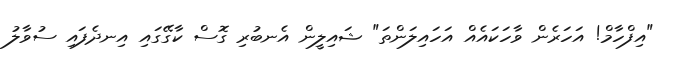
"އިފްހާމް! އަހަރެން ވާހަކައެއް އަހައިލަންތަ" ޝައިލީން އެނބުރި ގޮސް ކާގޭގައި އިނދެފައި ސުވާލު